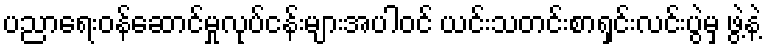
ပညာရေးဝန်ဆောင်မှုလုပ်ငန်းများအပါဝင် ယင်းသတင်းစာရှင်းလင်းပွဲမှ ဖွဲ့နဲ့